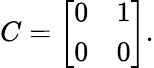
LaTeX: C={\left[\begin{array}{ll}{0}&{1}\\ {0}&{0}\end{array}\right]}.